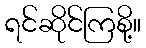
ရင်ဆိုင်ကြစို့။